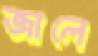
জালে